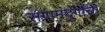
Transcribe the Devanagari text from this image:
संग्रामदुर्गाची